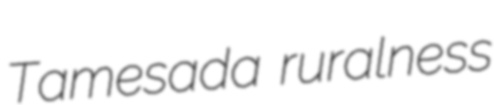
Tamesada ruralness